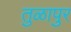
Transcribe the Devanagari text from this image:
तुळापुर